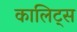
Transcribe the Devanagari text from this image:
कालिट्स